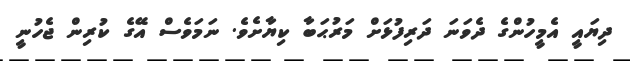
ދިޔައީ އެމީހުންގެ ދެވަނަ ދަރިފުޅަށް މަރުޙަބާ ކިޔާށެވެ. ނަމަވެސް އޭގެ ކުރިން ޖެހުނީ